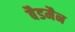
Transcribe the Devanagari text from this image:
बैडमैन